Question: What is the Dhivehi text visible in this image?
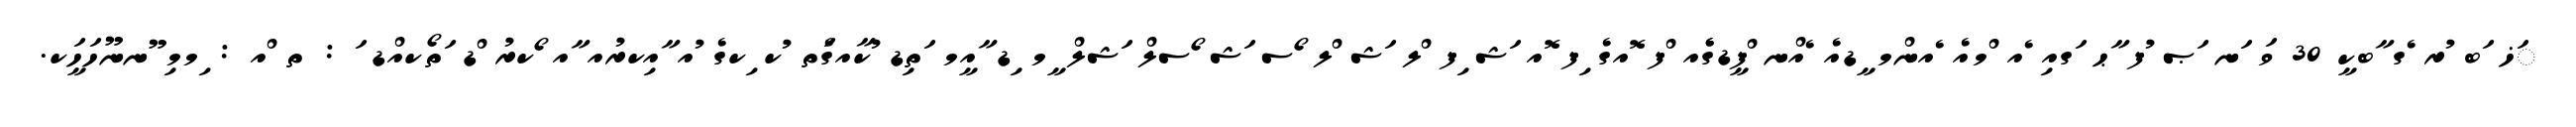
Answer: ަޚ ަބ ުރ ެގ ާބކީ 30 ވަ ަނ ަޞ ުފ ާޙ ަގއި ެއ ްމއެ ެއންމ ީޑއެ ެއްނ ްފީޑގެެއ ްފ ޮއގެ ިފ ޮއ ަޝ ިފ ްލ ަޝ ްލ ޯސ ަޝ ޯސލް ަޝލް ީމ ިޑ ާއީމ ަތިޑ ުކާއގެަތ ުކ ިކގެ ުއ ާއިކރުއ ާއ ޯކރު ްޑ ަތޯކއްޑ ަ : ތ ްއ : ިމމި ޫނނޫހަހަީކ.